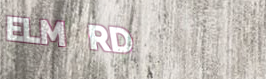
ELM RD